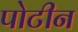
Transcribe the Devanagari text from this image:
पोटीन